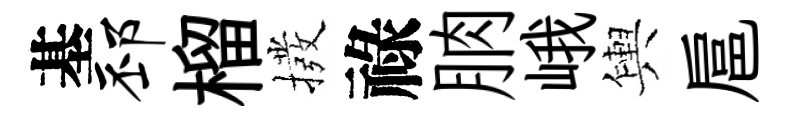
基邳榴撥祿朒峨輿扈